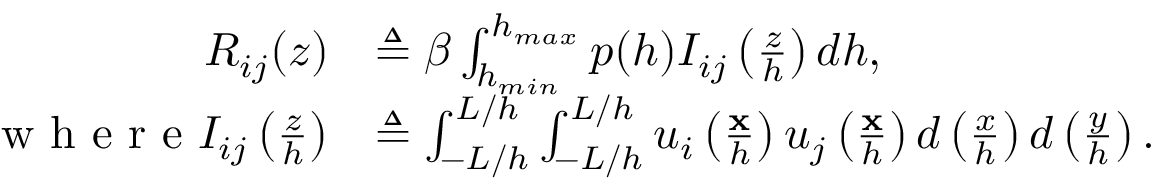
\begin{array} { r l } { R _ { i j } ( z ) } & { \triangleq \beta \int _ { h _ { m i n } } ^ { h _ { m a x } } p ( h ) I _ { i j } \left( \frac { z } { h } \right) d h , } \\ { \textrm { w h e r e } I _ { i j } \left( \frac { z } { h } \right) } & { \triangleq \int _ { - L / h } ^ { L / h } \int _ { - L / h } ^ { L / h } u _ { i } \left( \frac { \mathbf { x } } { h } \right) u _ { j } \left( \frac { \mathbf { x } } { h } \right) d \left( \frac { x } { h } \right) d \left( \frac { y } { h } \right) . } \end{array}